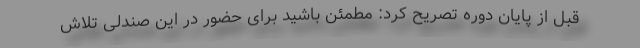
قبل از پایان دوره تصریح کرد: مطمئن باشید برای حضور در این صندلی تلاش